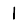
Digit: 1